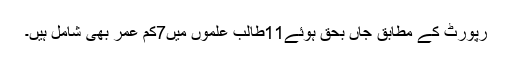
رپورٹ کے مطابق جاں بحق ہوئے11طالب علموں میں7کم عمر بھی شامل ہیں۔